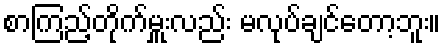
စာကြည့်တိုက်မှူးလည်း မလုပ်ချင်တော့ဘူး။